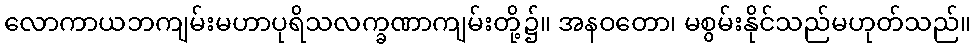
လောကာယဘကျမ်းမဟာပုရိသလက္ခဏာကျမ်းတို့၌။ အနဝတော၊ မစွမ်းနိုင်သည်မဟုတ်သည်။